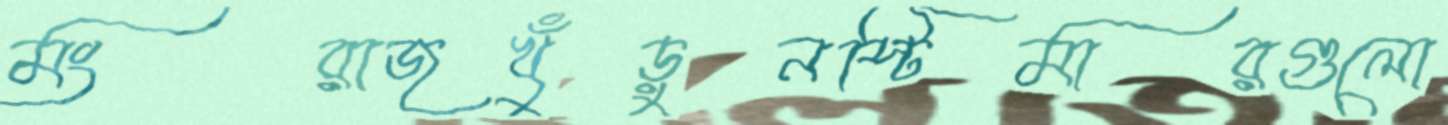
মংরাজখুঁড়ুনস্টিমারগুলো